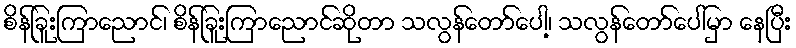
စိန်ခြူးကြာညောင်၊ စိန်ခြူးကြာညောင်ဆိုတာ သလွန်တော်ပေါ့၊ သလွန်တော်ပေါ်မှာ နေပြီး